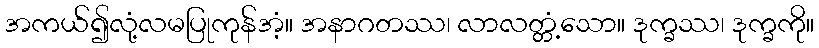
အကယ်၍လုံ့လမပြုကုန်အံ့။ အနာဂတဿ၊ လာလတ္တံ့သော။ ဒုက္ခဿ၊ ဒုက္ခကို။